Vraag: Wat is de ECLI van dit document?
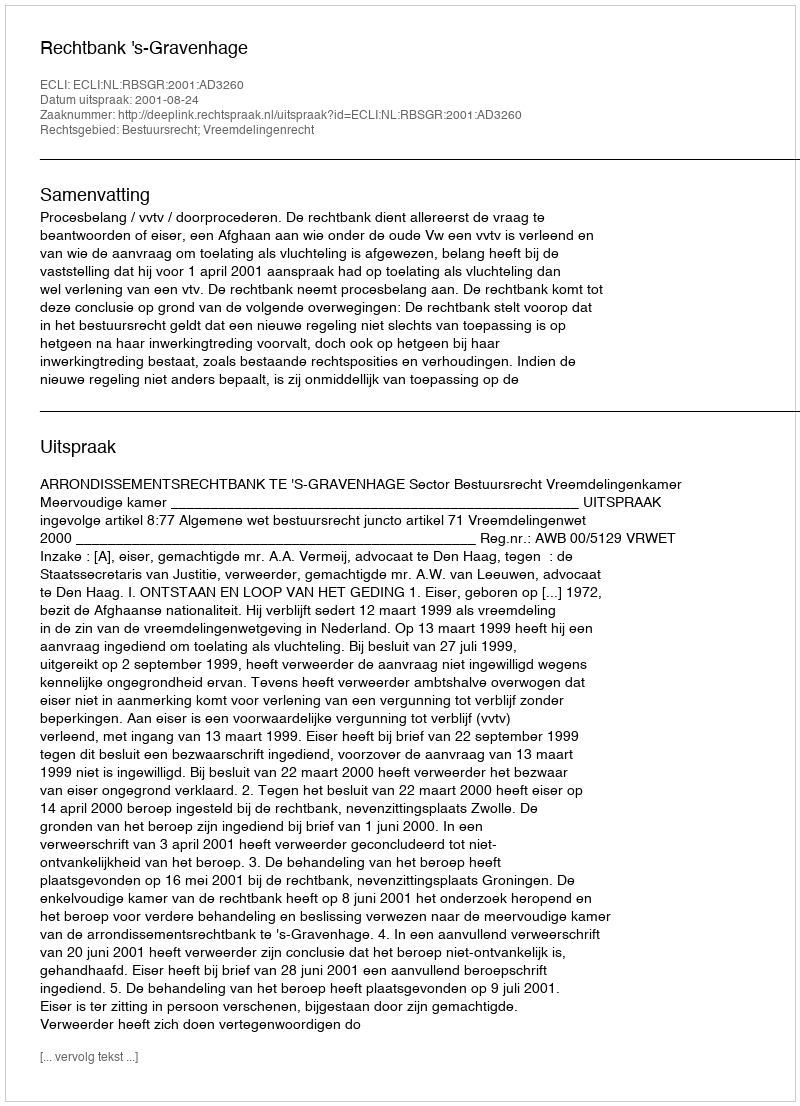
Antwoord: ECLI:NL:RBSGR:2001:AD3260